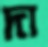
দা